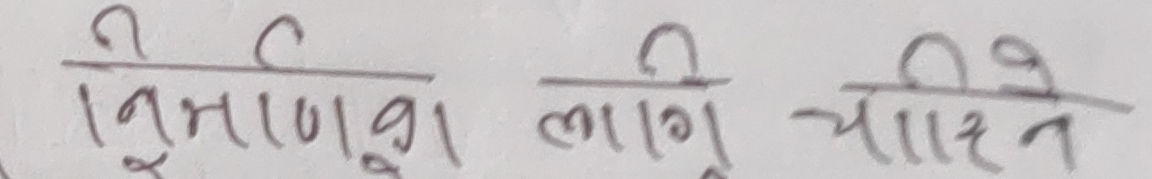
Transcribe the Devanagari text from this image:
निर्माणका लागि चाहिने